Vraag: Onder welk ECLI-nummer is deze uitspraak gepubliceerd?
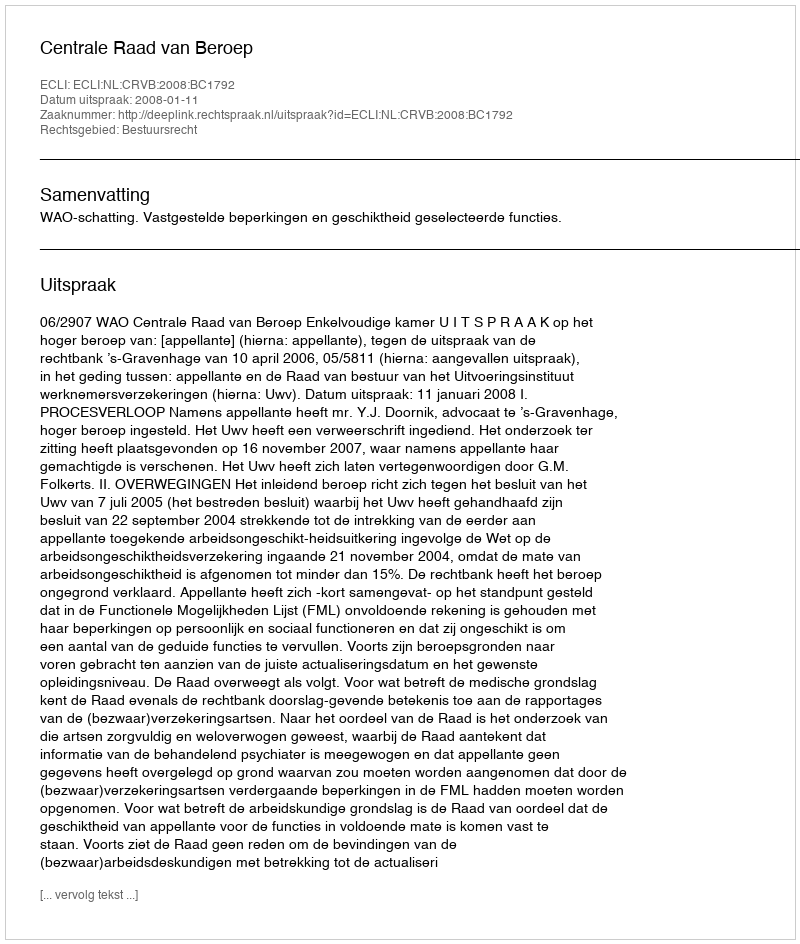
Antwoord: ECLI:NL:CRVB:2008:BC1792